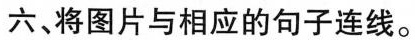
六、将图片与相应的句子连线。